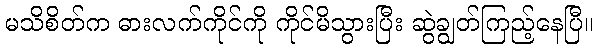
မသိစိတ်က ဓားလက်ကိုင်ကို ကိုင်မိသွားပြီး ဆွဲချွတ်ကြည့်နေပြီ။